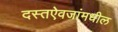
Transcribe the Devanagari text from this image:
दस्तऐवजांमधील